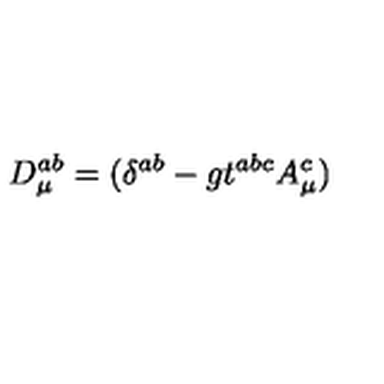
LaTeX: D _ { \mu } ^ { a b } = ( \delta ^ { a b } - g t ^ { a b c } A _ { \mu } ^ { c } )